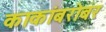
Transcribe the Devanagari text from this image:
काकांबरोबर